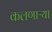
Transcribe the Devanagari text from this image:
कलणाऱ्या